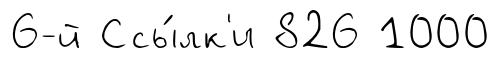
6-й Ссы́лк'и 826 1000